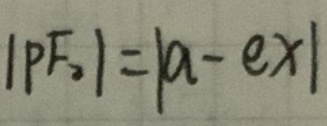
$| P F _ { 2 } | = | a - e x |$